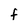
Character: f